Indian journal of veterinary science and animal husbandry - Volumes 24-25, 1954-1955
Year: 1954
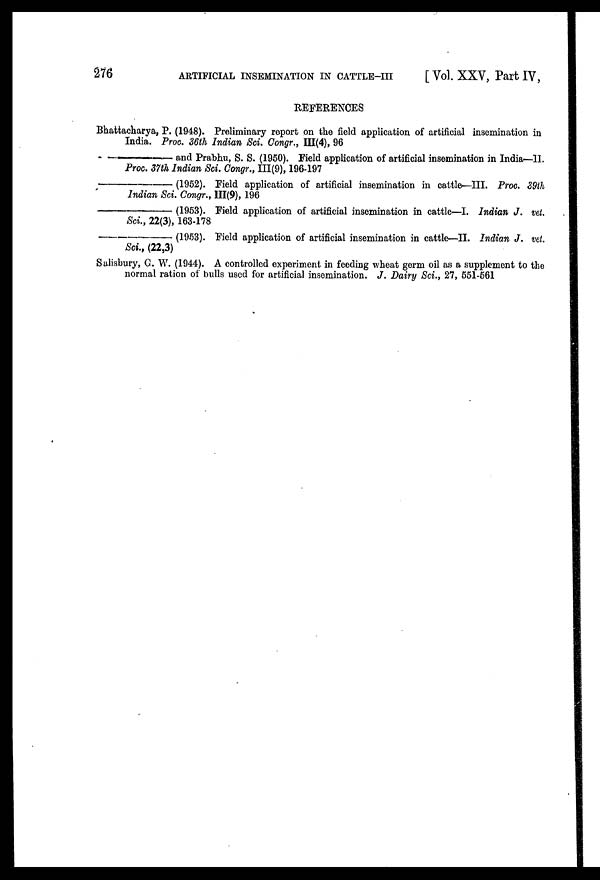
276
ARTIFICIAL INSEMINATION IN CATTLE-III
[Vol. XXV, Part IV,
REFERENCES
Bhattacharya, P. (1948). Preliminary report on the field application of artificial insemination in
India. Proc. 36th Indian Sci. Congr., III(4), 96
—and
Prabhu, S. S. (1950). Field application of artificial insemination in India—II.
Proc. 37th Indian Sci. Congr., III(9), 196-197
—(1952).
Field application of artificial insemination in cattle—III. Proc. 39th
Indian Sci. Congr., III(9), 196
—(1953).
Field application of artificial insemination in cattle—I. Indian J. vet.
Sci., 22(3), 163-178
—(1953).
Field application of artificial insemination in cattle—II. Indian J. vet.
Sci., (22,3)
Salisbury, G. W. (1944). A controlled experiment in feeding wheat germ oil as a supplement to the
normal ration of bulls used for artificial insemination. J. Dairy Sci., 27, 551-561